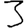
Digit: 3